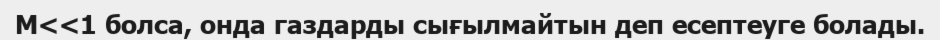
М<<1 болса, онда газдарды сығылмайтын деп есептеуге болады.